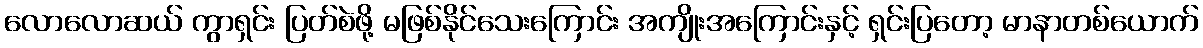
လောလောဆယ် ကွာရှင်း ပြတ်စဲဖို့ မဖြစ်နိုင်သေးကြောင်း အကျိုးအကြောင်းနှင့် ရှင်းပြတော့ မာနာတစ်ယောက်